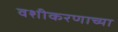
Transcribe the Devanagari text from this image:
वशीकरणाच्या